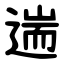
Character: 遄